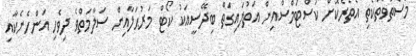
މަސްތުވާތަކެތި އެތެރެކޮށް ކަސްޓަމްސްއިން އަތުލައިގަތް ބިދޭސީއަކު ކޯޓް މަރުޙަލާއިން ސަލާމަތްވެ ދިވެހި އަންހެނެކާއި